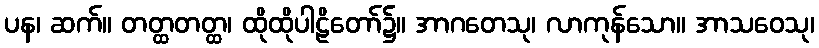
ပန၊ ဆက်။ တတ္ထတတ္ထ၊ ထိုထိုပါဠိတော်၌။ အာဂတေသု၊ လာကုန်သော။ အာသဝေသု၊